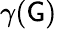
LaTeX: \gamma(\mathsf{G})